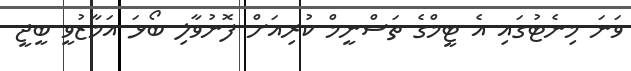
ވަނަ މިނެޓުގައި އެ ޓީމްގެ ތަސްނީމް ކުރިއަށް ފޮނުވާލި ބޯޅަ އަމާޒުވީ ބީޖީ